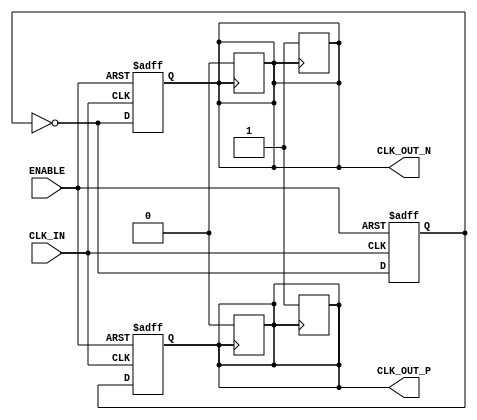
module differential_clock_buffer (
    input wire CLK_IN,        // Single-ended clock input
    input wire ENABLE,        // Enable signal
    output reg CLK_OUT_P,     // Differential clock output positive
    output reg CLK_OUT_N      // Differential clock output negative
);

    // Parameters for timing characteristics
    parameter RISE_TIME = 1;  // Rise time in ns
    parameter FALL_TIME = 1;   // Fall time in ns

    // Internal signal for clock state
    reg clk_state;

    // Clock generation process
    always @(posedge CLK_IN or negedge ENABLE) begin
        if (!ENABLE) begin
            // If ENABLE is low, set outputs to low
            CLK_OUT_P <= 1'b0;
            CLK_OUT_N <= 1'b0;
            clk_state <= 1'b0;
        end else begin
            // Toggle the clock state
            clk_state <= ~clk_state;

            // Generate differential outputs
            CLK_OUT_P <= clk_state;
            CLK_OUT_N <= ~clk_state;
        end
    end

    // Output signal conditioning (rise/fall time simulation)
    always @(posedge CLK_OUT_P) begin
        #RISE_TIME CLK_OUT_P <= 1'b1; // Simulate rise time
    end

    always @(negedge CLK_OUT_P) begin
        #FALL_TIME CLK_OUT_P <= 1'b0; // Simulate fall time
    end

    always @(posedge CLK_OUT_N) begin
        #RISE_TIME CLK_OUT_N <= 1'b1; // Simulate rise time
    end

    always @(negedge CLK_OUT_N) begin
        #FALL_TIME CLK_OUT_N <= 1'b0; // Simulate fall time
    end

endmodule